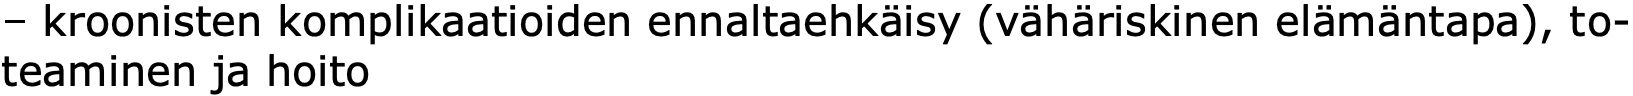
– kroonisten komplikaatioiden ennaltaehkäisy (vähäriskinen elämäntapa), to- teaminen ja hoito